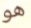
هو